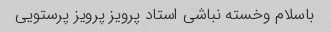
باسلام وخسته نباشی استاد پرویز پرویز پرستویی